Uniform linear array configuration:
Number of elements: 32
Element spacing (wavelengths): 0.5
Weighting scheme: uniform
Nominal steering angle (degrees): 15
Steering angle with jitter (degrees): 14.876
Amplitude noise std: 0.05
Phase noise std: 0.05

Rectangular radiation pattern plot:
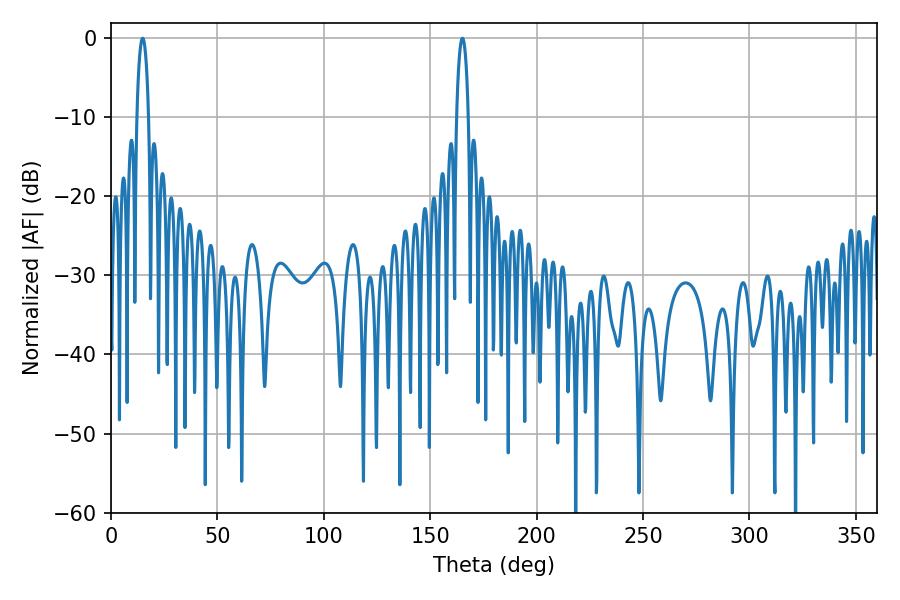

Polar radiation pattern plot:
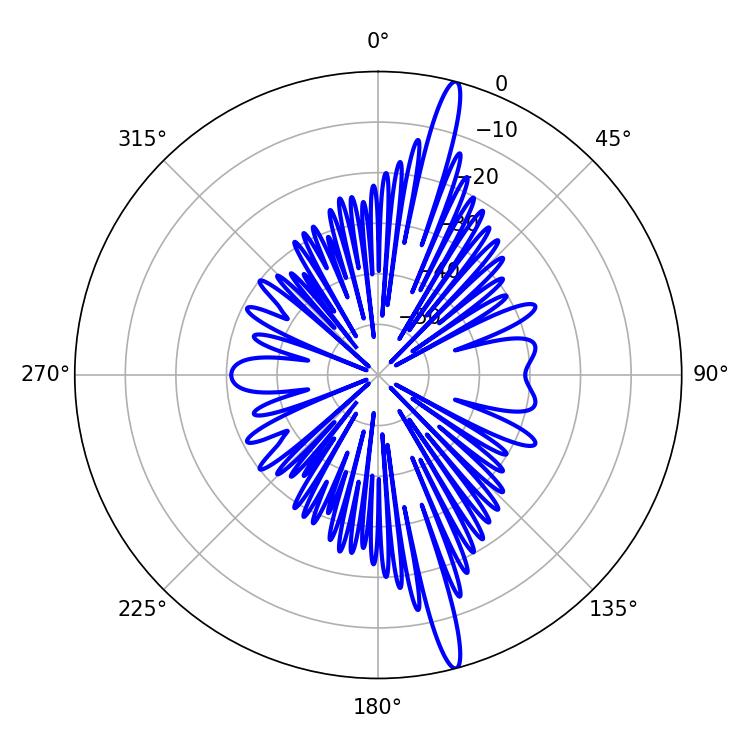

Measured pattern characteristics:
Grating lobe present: FALSE
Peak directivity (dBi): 17.73
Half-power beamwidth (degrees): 3.06
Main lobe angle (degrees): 165.06